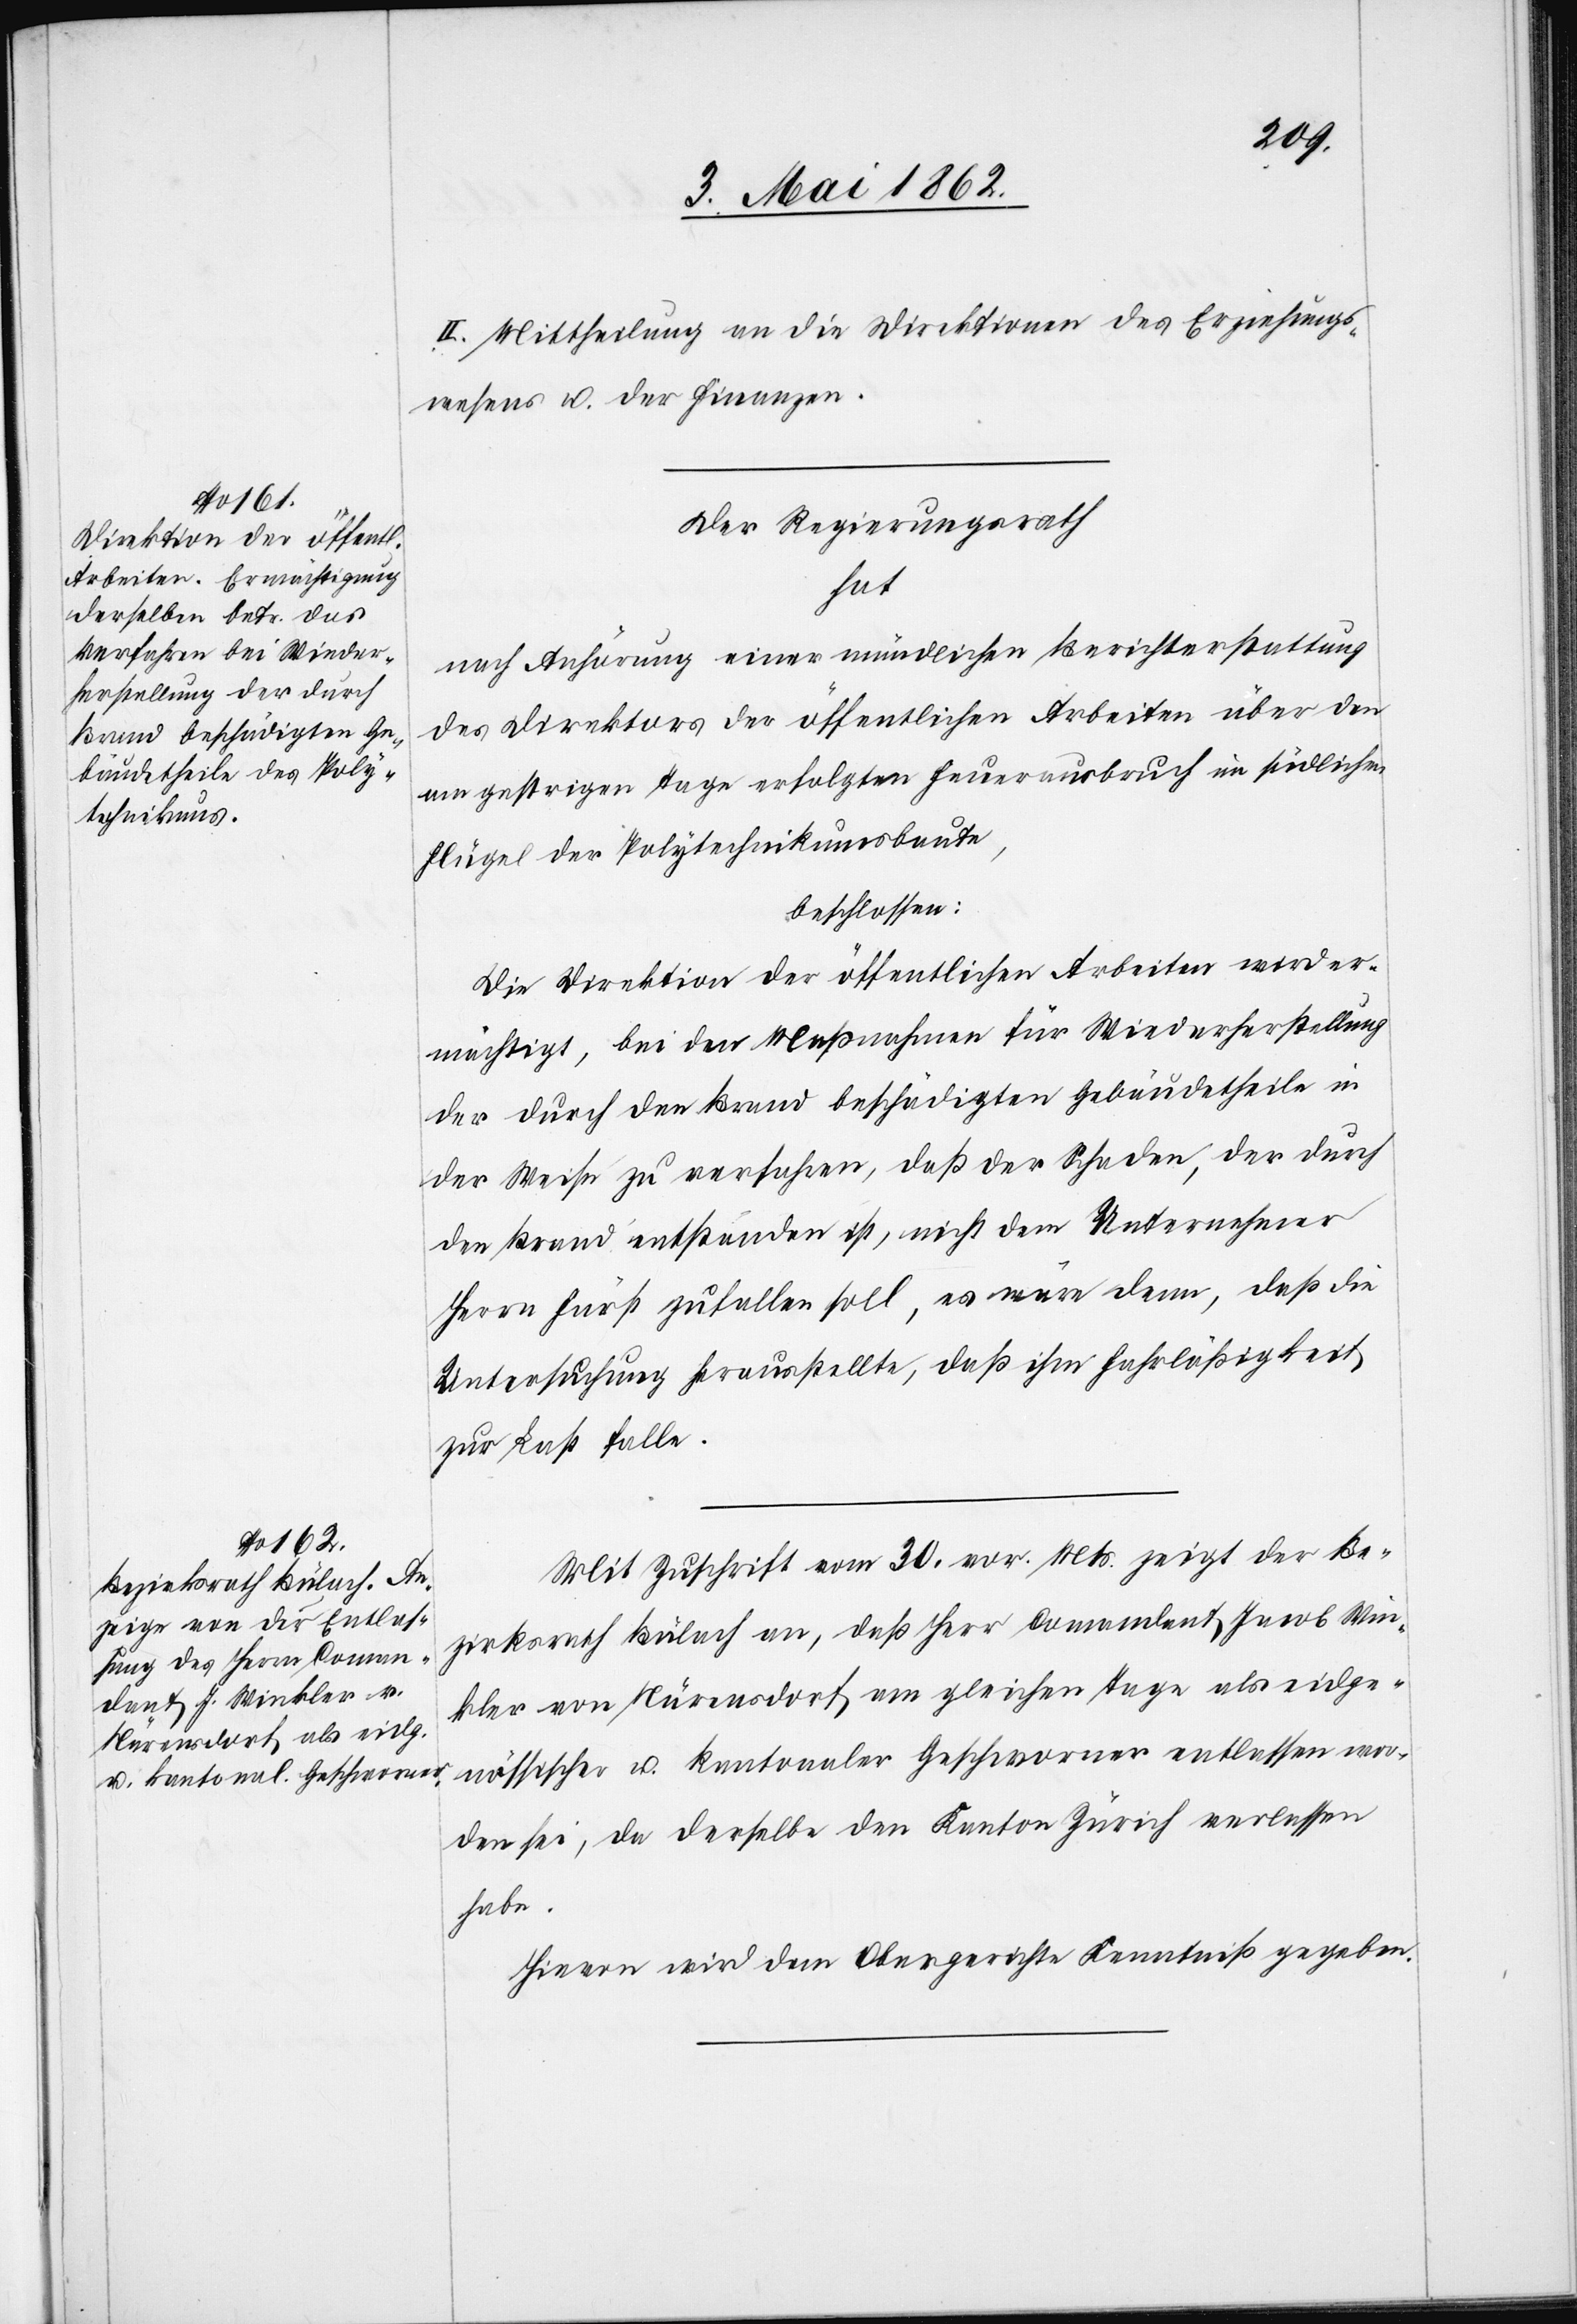
II. Mittheilung an die Direktionen des Erziehungs¬
wesens u. der Finanzen.
Der Regierungsrath
hat
nach Anhörung einer mündlichen Berichterstattung
des Direktors der öffentlichen Arbeiten über den
am gestrigen Tage erfolgten Feuerausbruch im südlichen
Flügel der Polytechnikumsbaute,
beschlossen:
Die Direktion der öffentlichen Arbeiten wird er¬
mächtigt, bei den Maßnahmen für Wiederherstellung
der durch den Brand beschädigten Gebäudetheile in
der Weise zu verfahren, daß der Schaden, der durch
den Brand entstanden ist, nicht dem Unternehmer
Herrn Fürst zufallen soll, es wäre denn, daß die
Untersuchung herausstellte, daß ihm Fahrläßigkeit
zur Last falle.
Mit Zuschrift vom 30. vor. Mts. zeigt der Be¬
zirksrath Bülach an, daß Herr Comandant Jacob Win¬
kler von Nürensdorf am gleichen Tage als eidge¬
nössischer u. kantonaler Geschworner entlassen wor¬
den sei, da derselbe den Kanton Zürich verlassen
habe.
Hievon wird dem Obergerichte Kenntniß gegeben.